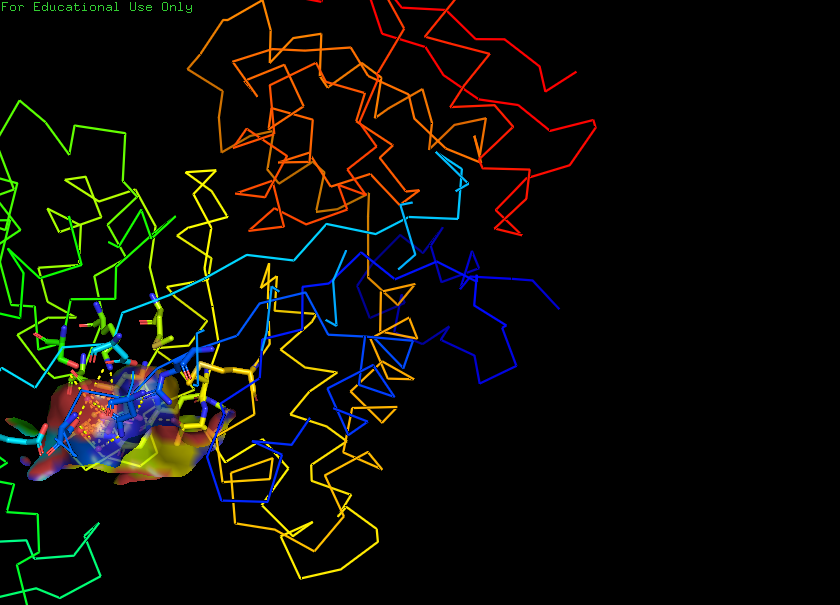
pymol, preset, ligand_sites_trans